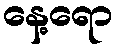
နေ့ရော